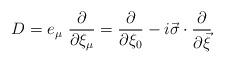
LaTeX: \begin{align*}D= e_{\mu} ~\frac{\partial}{\partial \xi_{\mu}} = \frac{\partial}{\partial \xi_{0}} -i\vec{\sigma} \cdot \frac{\partial}{\partial \vec{\xi}}\end{align*}